Indian journal of veterinary science and animal husbandry - Volume 11,
Year: 1941
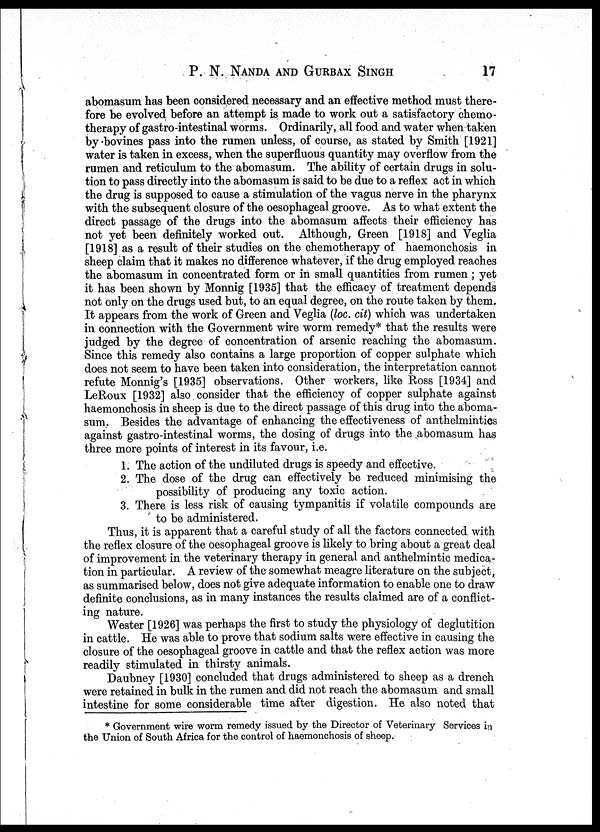
P. N. NANDA AND GURBAX SINGH 17
abomasum has been considered necessary and an effective method must there-
fore be evolved before an attempt is made to work out a satisfactory chemo-
therapy of gastro-intestinal worms. Ordinarily, all food and water when taken
by bovines pass into the rumen unless, of course, as stated by Smith [1921]
water is taken in excess, when the superfluous quantity may overflow from the
rumen and reticulum to the abomasum. The ability of certain drugs in solu-
tion to pass directly into the abomasum is said to be due to a reflex act in which
the drug is supposed to cause a stimulation of the vagus nerve in the pharynx
with the subsequent closure of the oesophageal groove. As to what extent the
direct passage of the drugs into the abomasum affects their efficiency has
not yet been definitely worked out. Although, Green [1918] and Veglia
[1918] as a result of their studies on the chemotherapy of haemonchosis in
sheep claim that it makes no difference whatever, if the drug employed reaches
the abomasum in concentrated form or in small quantities from rumen ; yet
it has been shown by Monnig [1935] that the efficacy of treatment depends
not only on the drugs used but, to an equal degree, on the route taken by them.
It appears from the work of Green and Veglia (loc. cit) which was undertaken
in connection with the Government wire worm remedy* that the results were
judged by the degree of concentration of arsenic reaching the abomasum.
Since this remedy also contains a large proportion of copper sulphate which
does not seem to have been taken into consideration, the interpretation cannot
refute Monnig's [1935] observations. Other workers, like Ross [1934] and
LeRoux [1932] also consider that the efficiency of copper sulphate against
haemonchosis in sheep is due to the direct passage of this drug into the aboma-
sum. Besides the advantage of enhancing the effectiveness of anthelmintics
against gastro-intestinal worms, the dosing of drugs into the abomasum has
three more points of interest in its favour, i.e.
1. The action of the undiluted drugs is speedy and effective.
2. The dose of the drug can effectively be reduced minimising the
possibility of producing any toxic action.
3. There is less risk of causing tympanitis if volatile compounds are
to be administered.
Thus, it is apparent that a careful study of all the factors connected with
the reflex closure of the oesophageal groove is likely to bring about a great deal
of improvement in the veterinary therapy in general and anthelmintic medica-
tion in particular. A review of the somewhat meagre literature on the subject,
as summarised below, does not give adequate information to enable one to draw
definite conclusions, as in many instances the results claimed are of a conflict-
ing nature.
Wester [1926] was perhaps the first to study the physiology of deglutition
in cattle. He was able to prove that sodium salts were effective in causing the
closure of the oesophageal groove in cattle and that the reflex action was more
readily stimulated in thirsty animals.
Daubney [1930] concluded that drugs administered to sheep as a drench
were retained in bulk in the rumen and did not reach the abomasum and small
intestine for some considerable time after digestion. He also noted that
* Government wire worm remedy issued by the Director of Veterinary Services in
the Union of South Africa for the control of haemonchosis of sheep.